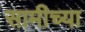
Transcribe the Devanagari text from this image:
सामीच्या